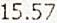
15.57